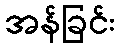
အန်ခြင်း